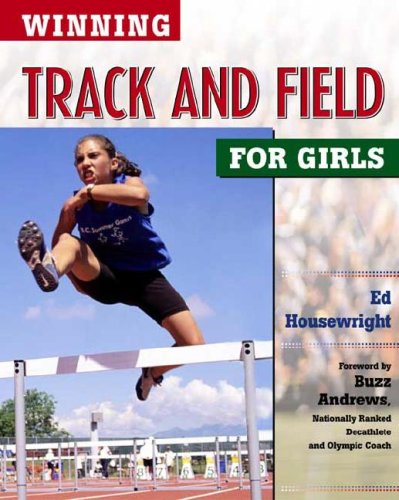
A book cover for Winning Track and Field for Girls (Winning Sports for Girls); Ed Housewright; Children's Books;